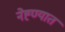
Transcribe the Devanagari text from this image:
नेह्ण्यात